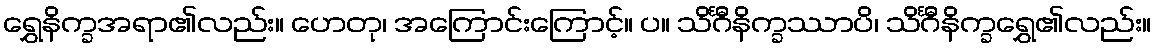
ရွှေနိက္ခအရာ၏လည်း။ ဟေတု၊ အကြောင်းကြောင့်။ ပ။ သိင်္ဂီနိက္ခဿာပိ၊ သိင်္ဂီနိက္ခရွှေ၏လည်း။